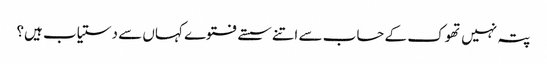
پتہ نہیں تھوک کے حساب سے اتنے سستے فتوے کہاں سے دستیاب ہیں؟